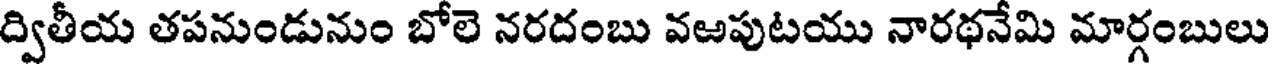
ద్వితీయ తపనుండునుం బోలె నరదంబు వఱపుటయు నారథనేమి మార్గంబులు